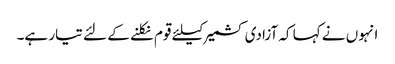
انہوں نے کہا کہ آزادی کشمیر کیلئے قوم نکلنے کے لئے تیار ہے۔